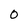
Character: 0